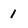
Character: 1